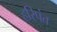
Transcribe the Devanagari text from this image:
हरिपंत